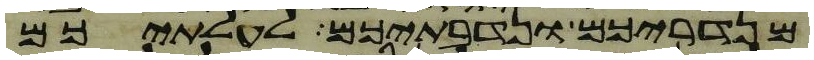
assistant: מנדריכם ונדבתיכם לעלתיכם